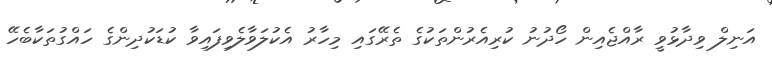
އަނިލް ވިދާޅުވީ ރާއްޖެއިން ހޯދުނު ކުރިއެރުންތަކުގެ ތެރޭގައި މިހާރު އެކުލަވާލެވިފައިވާ ކުޑަކުދިންގެ ހައްގުތަކާބެހޭ